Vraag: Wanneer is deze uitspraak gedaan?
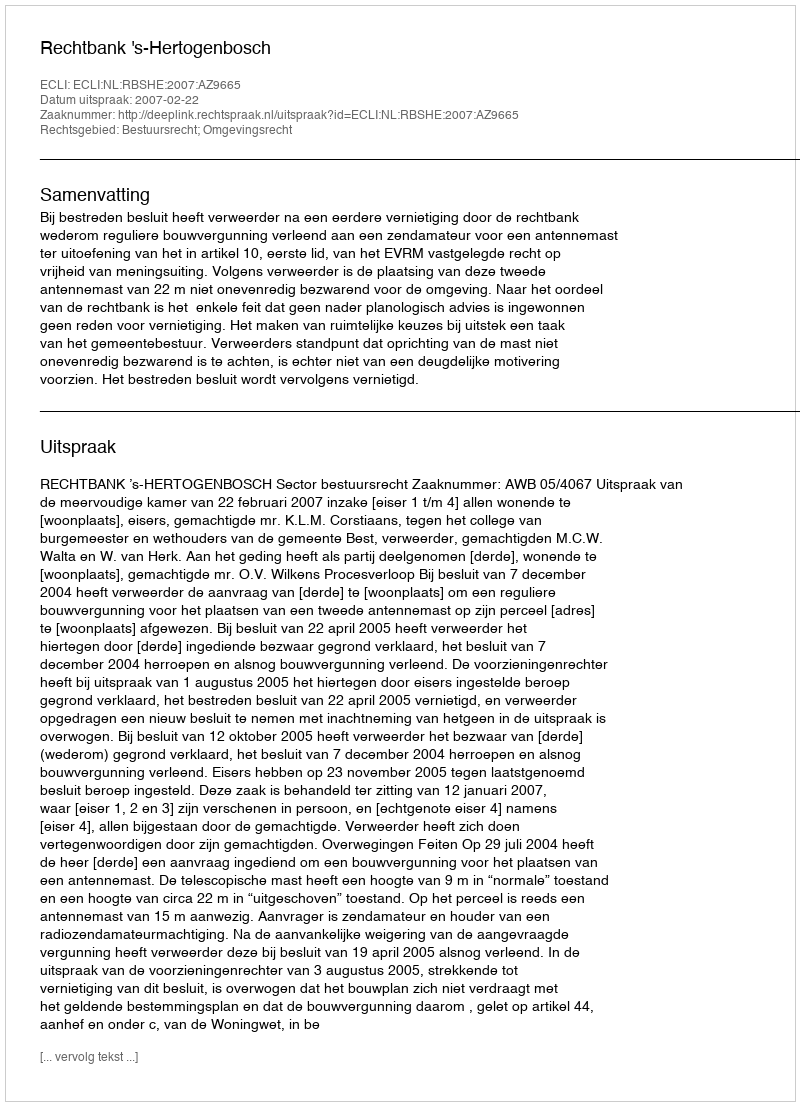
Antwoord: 2007-02-22